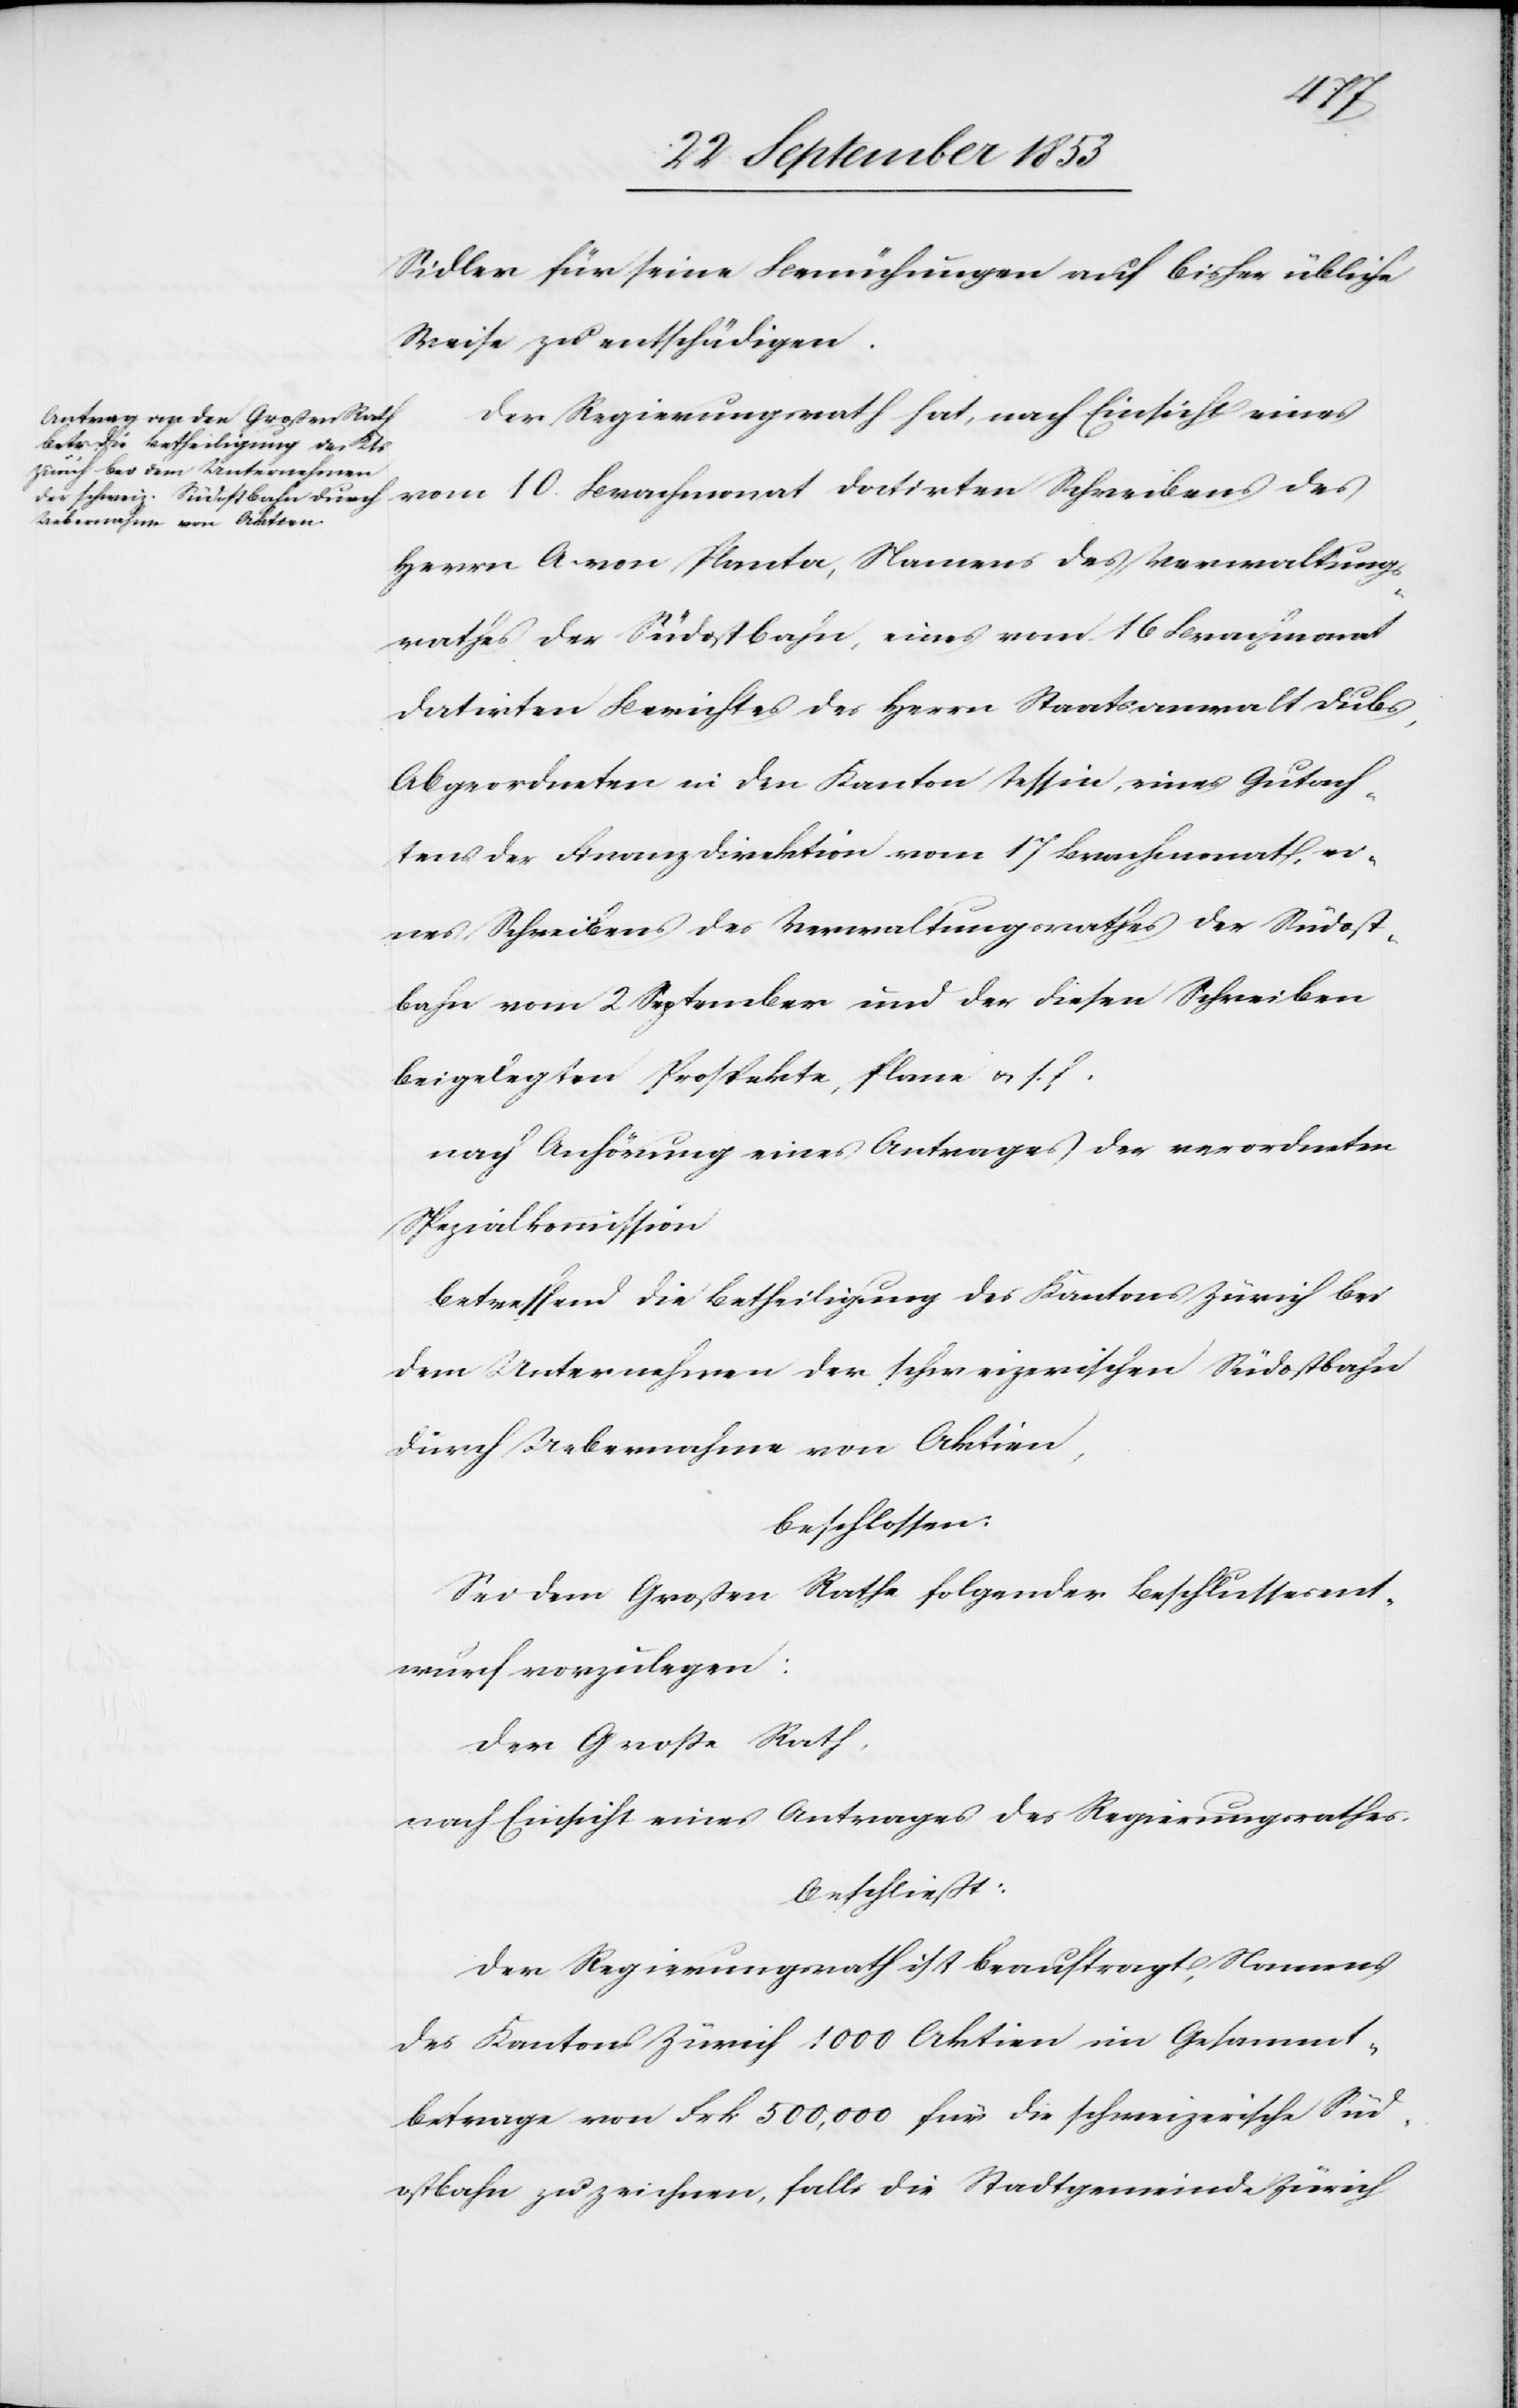
Sidler für seine Bemühungen auf bisher übliche
Weise zu entschädigen.
Der Regierungsrath hat, nach Einsicht eines
vom 10 Brachmonat datirten Schreibens des
Herrn A. von Planta, Namens des Verwaltungs¬
rathes der Südostbahn, eines vom 16 Brachmonat
datirten Berichtes des Herrn Staatsanwalt Dubs,
Abgeordneten in den Kanton Tessin, eines Gutach¬
tens der Finanzdirektion vom 17 Brachmonat, ei¬
nes Schreibens des Verwaltungsrathes der Südost¬
bahn vom 2 September und der diesen Schreiben
beigelegten Prospekte, Plane u. s. f.
nach Anhörung eines Antrages der verordneten
Spezialkommission
betreffend die Betheiligung des Kantons Zürich bei
dem Unternehmen der schweizerischen Südostbahn
durch Uebernahme von Aktiven,
beschlossen:
Sei dem Großen Rathe folgender Beschlussesent¬
wurf vorzulegen:
Der Große Rath,
nach Einsicht eines Antrages des Regierungsrathes.
beschließt:
Der Regierungsrath ist beauftragt, Namens
des Kantons Zürich 1000 Aktiven im Gesammt¬
betrage von Frk. 500,000 für die schweizerische Süd¬
ostbahn zu zeichnen, falls die Stadtgemeinde Zürich